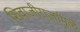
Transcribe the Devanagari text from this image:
शिवाजीराजांमुळे